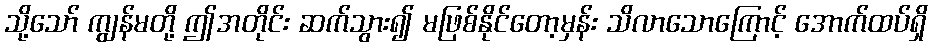
သို့သော် ကျွန်မတို့ ဤအတိုင်း ဆက်သွား၍ မဖြစ်နိုင်တော့မှန်း သိလာသောကြောင့် အောက်ထပ်ရှိ